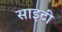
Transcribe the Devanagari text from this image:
साइटी